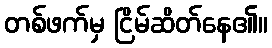
တစ်ဖက်မှ ငြိမ်ဆိတ်နေ၏။